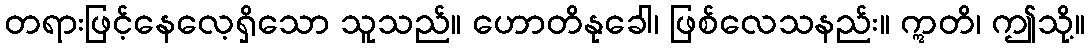
တရားဖြင့်နေလေ့ရှိသော သူသည်။ ဟောတိနုခေါ၊ ဖြစ်လေသနည်း။ ဣတိ၊ ဤသို့။